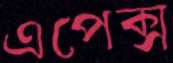
এপেক্স